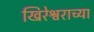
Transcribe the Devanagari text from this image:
खिरेश्वराच्या